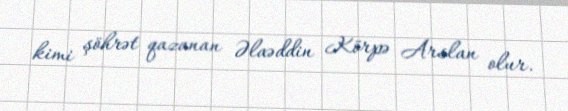
kimi şöhrət qazanan Əlaəddin Körpə Arslan olur.